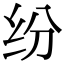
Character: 纷